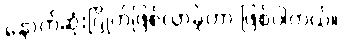
နောက်ဆုံးဂြိုဟ်ဖြစ်လာခဲ့တာ ဖြစ်ပါတယ်။